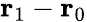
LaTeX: \mathbf{r}_{1}-\mathbf{r}_{0}